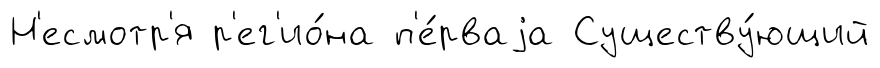
Н'есмотр'я р'ег'ио́на п'е́рваjа Существу́ющий